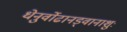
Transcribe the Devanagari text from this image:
धेनुर्वोढानड्वानाशुः